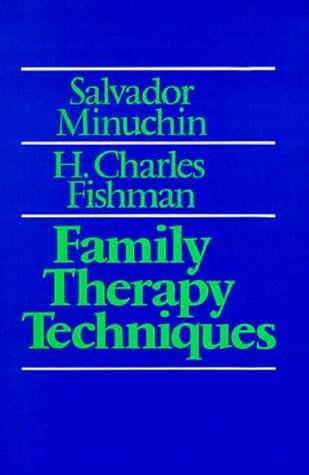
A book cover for Family Therapy Techniques; Salvador Minuchin; Health, Fitness & Dieting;